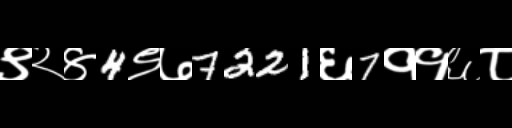
Text: ९२४4९७7221६7११६८